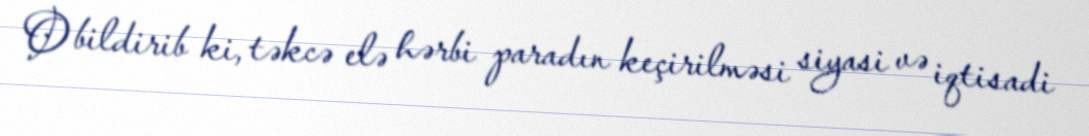
O bildirib ki, təkcə elə hərbi paradın keçirilməsi siyasi və iqtisadi